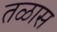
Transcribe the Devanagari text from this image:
तळास